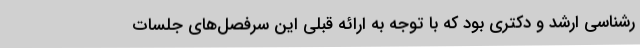
ر‌شناسی ارشد و دکتری بود که با توجه به ارائه قبلی این سرفصل‌های جلسات